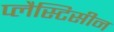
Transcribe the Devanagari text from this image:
प्लैस्टिसीन